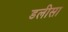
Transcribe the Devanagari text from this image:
डलीसा